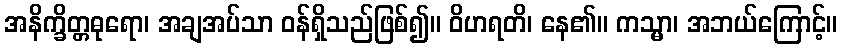
အနိက္ခိတ္တဓုရော၊ အချအပ်သာ ဝန်ရှိသည်ဖြစ်၍။ ဝိဟရတိ၊ နေ၏။ ကသ္မာ၊ အဘယ်ကြောင့်။